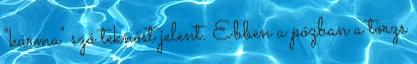
"kúrma" szó teknőst jelent. Ebben a pózban a törzs